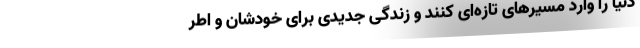
دنیا را وارد مسیرهای تازه‌ای کنند و زندگی جدیدی برای خودشان و اطر